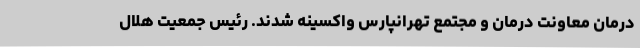
درمان معاونت درمان و مجتمع تهرانپارس واکسینه شدند. رئیس جمعیت هلال